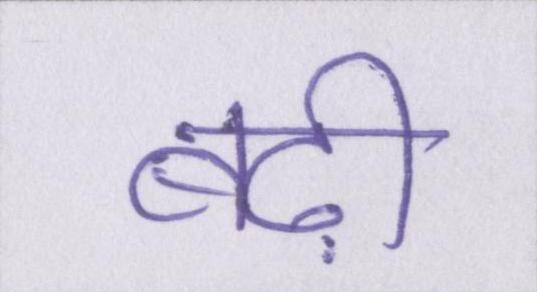
बढ़ी